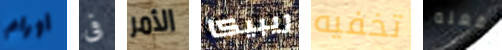
أورام فى الأمر ريبيكا تخفيه بفعله